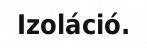
Izoláció.